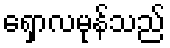
ရှောလမုန်သည်